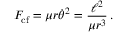
F _ { \mathrm { c f } } = \mu r { \dot { \theta } } ^ { 2 } = { \frac { \ell ^ { 2 } } { \mu r ^ { 3 } } } \, .